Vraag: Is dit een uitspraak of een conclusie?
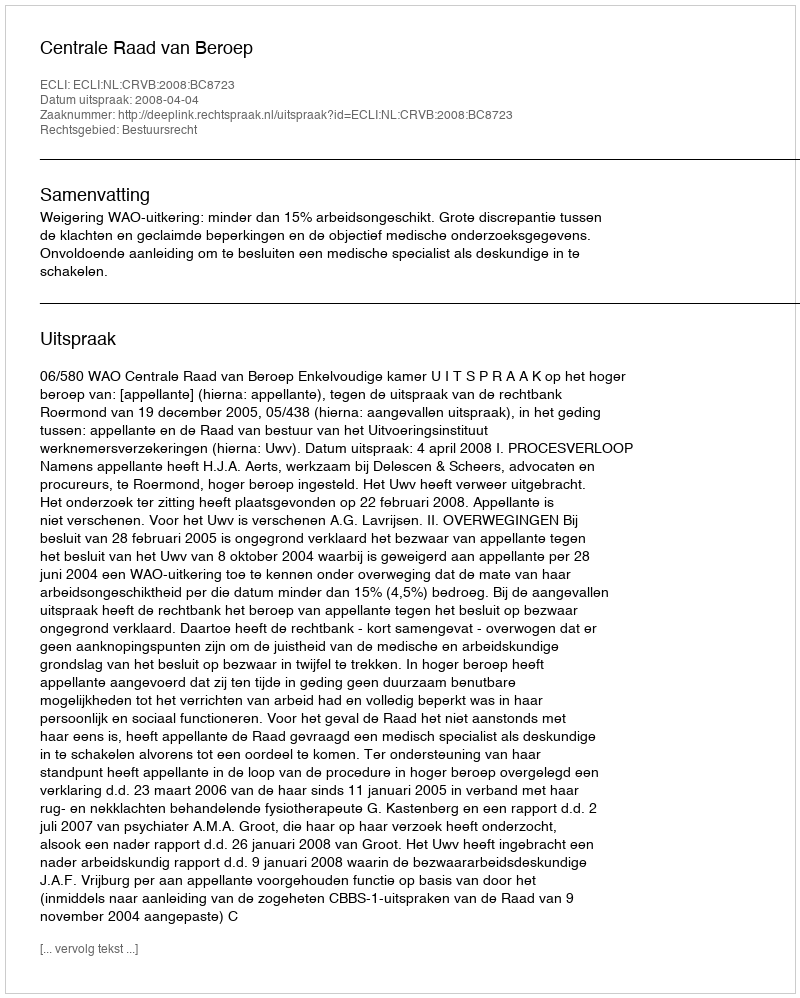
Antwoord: Uitspraak